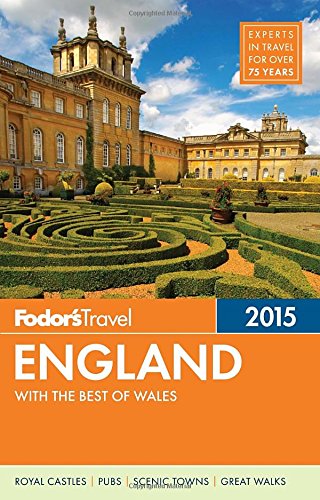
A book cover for Fodor's England 2015: with the Best of Wales (Full-color Travel Guide); Fodor's; Travel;